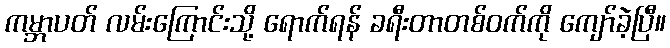
ကမ္ဘာပတ် လမ်းကြောင်းသို့ ရောက်ရန် ခရီးတာတစ်ဝက်ကို ကျော်ခဲ့ပြီ။